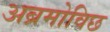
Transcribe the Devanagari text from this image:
अब्रमोविछ